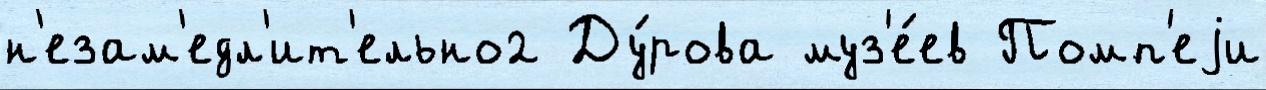
н'езам'едл'ит'ельно2 Ду́рова муз'е́ев Помп'еjи